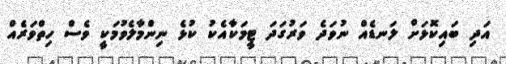
އަދި ބައިކޮޅަށް ލަނޑެއް ނުވަދެ ވަރުގަދަ ޓީމަކާއެކު ކުޅެ ނިންމާލެވުމަކީ ވެސް ހިތްވަރެއް